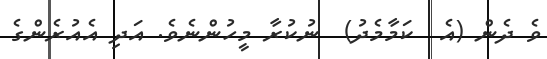
ވެ ދެން (އެ  ކަމާމެދު)  ނުކުރާ މީހުންނެވެ. އަދި އެއުރެންގެ